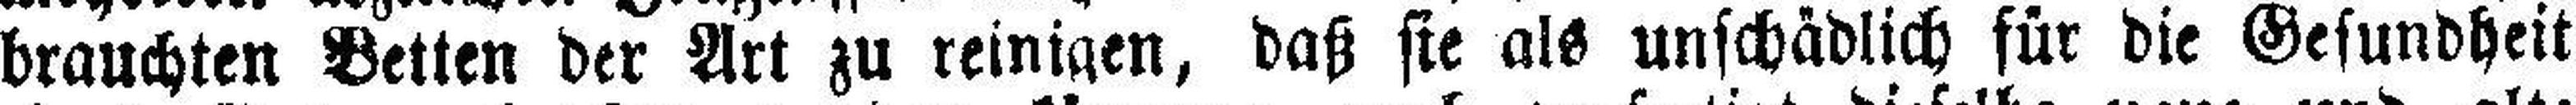
brauchten Betten der Art zu reinigen, daß sie als unschädlich für die Gesundheit